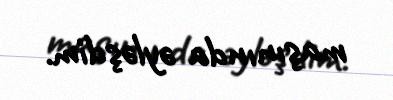
maşınında əyləşdim.